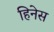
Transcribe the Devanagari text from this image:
हिनेस